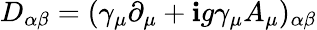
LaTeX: D_{\alpha\beta}=(\gamma_{\mu}\partial_{\mu}+\mathbf{i}g\gamma_{\mu}A_{\mu})_{\alpha\beta}